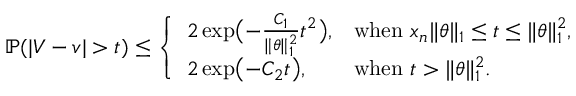
\mathbb { P } ( | V - v | > t ) \leq \left\{ \begin{array} { l l } { 2 \exp \bigl ( - \frac { C _ { 1 } } { \| \theta \| _ { 1 } ^ { 2 } } t ^ { 2 } \bigr ) , } & { \mathrm { w h e n ~ } x _ { n } \| \theta \| _ { 1 } \leq t \leq \| \theta \| _ { 1 } ^ { 2 } , } \\ { 2 \exp \bigl ( - C _ { 2 } t \bigr ) , } & { \mathrm { w h e n ~ } t > \| \theta \| _ { 1 } ^ { 2 } . } \end{array} \right.